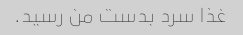
غذا سرد بدست من رسید.